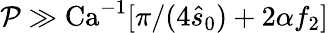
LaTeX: \mathcal{P}\gg\textrm{Ca}^{-1}[\pi/(4\hat{s}_{0})+2\alpha f_{2}]